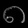
Digit: ၈